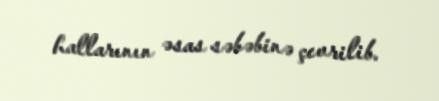
hallarının əsas səbəbinə çevrilib.